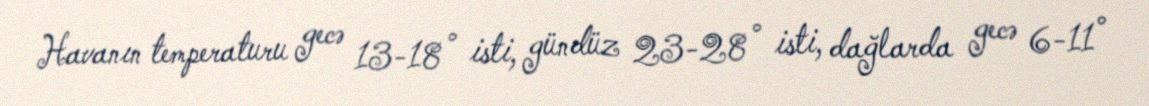
Havanın temperaturu gecə 13-18° isti, gündüz 23-28° isti, dağlarda gecə 6-11°